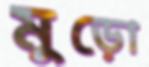
মুড়ো